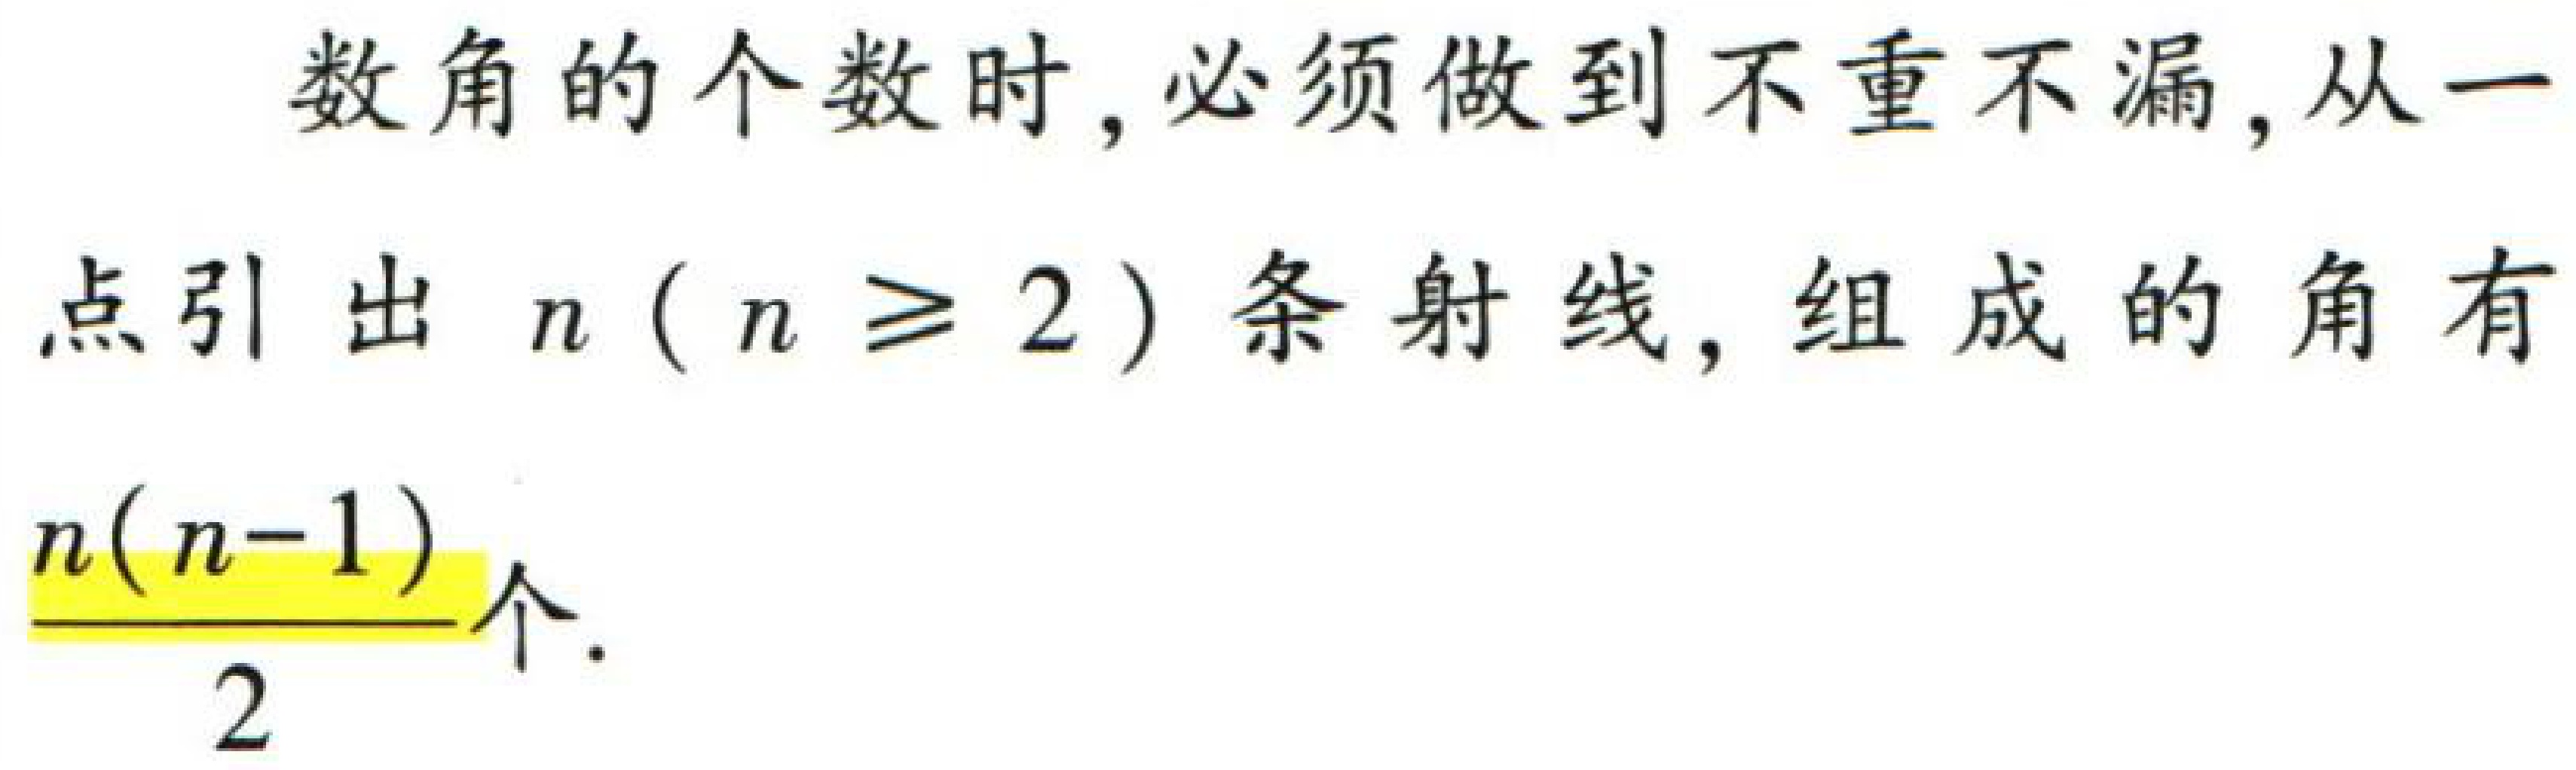
数角的个数时, 必须做到不重不漏, 从一点引出 \(n\) (\(n \geq 2\)) 条射线, 组成的角有 \(\frac{n(n - 1)}{2}\) 个.